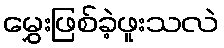
မွှေးဖြစ်ခဲ့ဖူးသလဲ